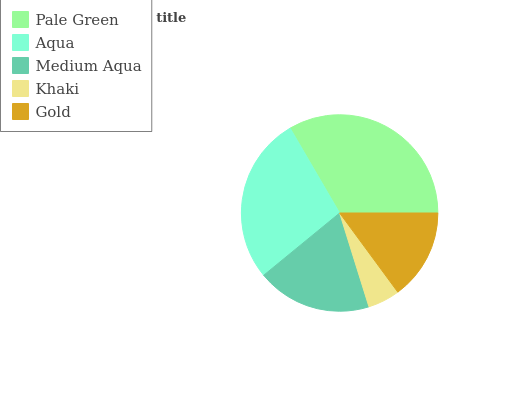
| Pale Green | Aqua | Medium Aqua | Khaki | Gold |
 | --- | --- | --- | --- | --- |
 | 33.4% | 27.5% | 18.9% | 5.26% | 14.9% |